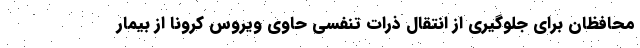
محافظان برای جلوگیری از انتقال ذرات تنفسی حاوی ویروس کرونا از بیمار